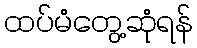
ထပ်မံတွေ့ဆုံရန်